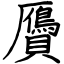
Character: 贗